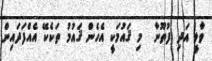
ވާލީ އަދި ފުތޫނާ  މި ޤައުމަކީ އެހެން ޤައުމު ތަކެކޭ އެއްފަދައިން